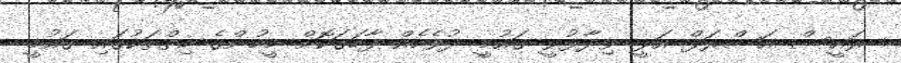
ރައީސް އަޝްރަފް އަލީ ވިދާޅުވީ ގައުމީ ދުވެހެއް ފާހަގަކޮށް މީހުންގެ ހިތްތަކުގައި ގައުމީ